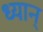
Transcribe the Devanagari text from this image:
ध्यान्